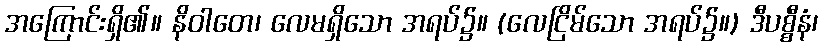
အကြောင်းရှိ၏။ နိဝါတေ၊ လေမရှိသော အရပ်၌။ (လေငြိမ်သော အရပ်၌။) ဒီပစ္စီနံ၊